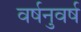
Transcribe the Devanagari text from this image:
वर्षनुवर्ष